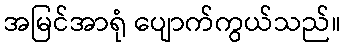
အမြင်အာရုံ ပျောက်ကွယ်သည်။